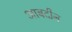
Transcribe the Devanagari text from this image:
आबदीन